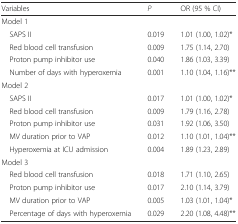
| Variables | P | OR (95 % CI) |
 | --- | --- | --- |
 | Model 1 |  |  |
 | SAPS II | 0.019 | 1.01 (1.00, 1.02)* |
 | Red blood cell transfusion | 0.009 | 1.75 (1.14, 2.70) |
 | Proton pump inhibitor use | 0.040 | 1.86 (1.03, 3.39) |
 | Number of days with hyperoxemia | 0.001 | 1.10 (1.04, 1.16)** |
 | Model 2 |  |  |
 | SAPS II | 0.017 | 1.01 (1.00, 1.02)* |
 | Red blood cell transfusion | 0.009 | 1.79 (1.16, 2.78) |
 | Proton pump inhibitor use | 0.031 | 1.92 (1.06, 3.50) |
 | MV duration prior to VAP | 0.012 | 1.10 (1.01, 1.04)** |
 | Hyperoxemia at ICU admission | 0.004 | 1.89 (1.23, 2.89) |
 | Model 3 |  |  |
 | Red blood cell transfusion | 0.018 | 1.71 (1.10, 2.65) |
 | Proton pump inhibitor use | 0.017 | 2.10 (1.14, 3.79) |
 | MV duration prior to VAP | 0.005 | 1.03 (1.01, 1.04)* |
 | Percentage of days with hyperoxemia | 0.029 | 2.20 (1.08, 4.48)** |